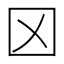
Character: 龱